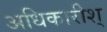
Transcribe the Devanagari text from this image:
अधिकारीश्